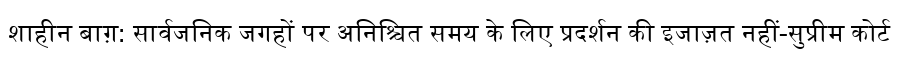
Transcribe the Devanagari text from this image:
शाहीन बाग़: सार्वजनिक जगहों पर अनिश्चित समय के लिए प्रदर्शन की इजाज़त नहीं-सुप्रीम कोर्ट